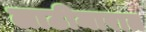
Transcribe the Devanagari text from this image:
लाठीमारात